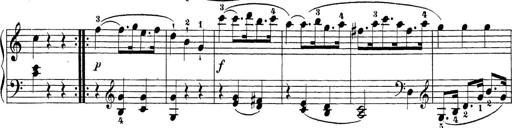
Title: Sonatina Album
Composer: Louis KÃ¶hler